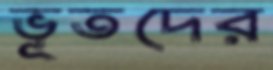
ভূতদের